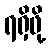
ရရှိဖို့